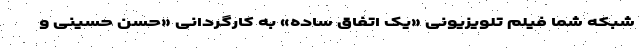
شبکه شما فیلم تلویزیونی «یک اتفاق ساده» به کارگردانی «حسن حسینی و